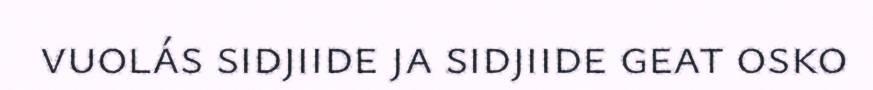
vuolás sidjiide ja sidjiide geat osko